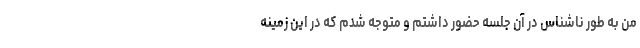
من به طور ناشناس در آن جلسه حضور داشتم و متوجه شدم که در این زمینه